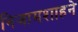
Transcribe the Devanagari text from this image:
निजामशाहने